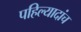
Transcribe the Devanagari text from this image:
पहिल्यादांच